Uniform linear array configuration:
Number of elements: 12
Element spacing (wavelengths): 0.5
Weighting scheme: uniform
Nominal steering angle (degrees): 60
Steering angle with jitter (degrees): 61.298
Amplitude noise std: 0.05
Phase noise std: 0.05

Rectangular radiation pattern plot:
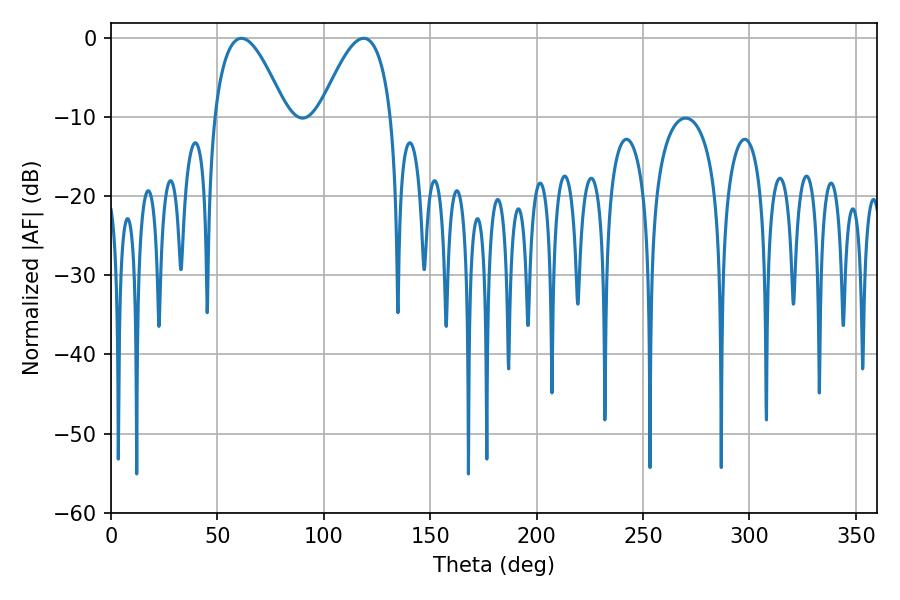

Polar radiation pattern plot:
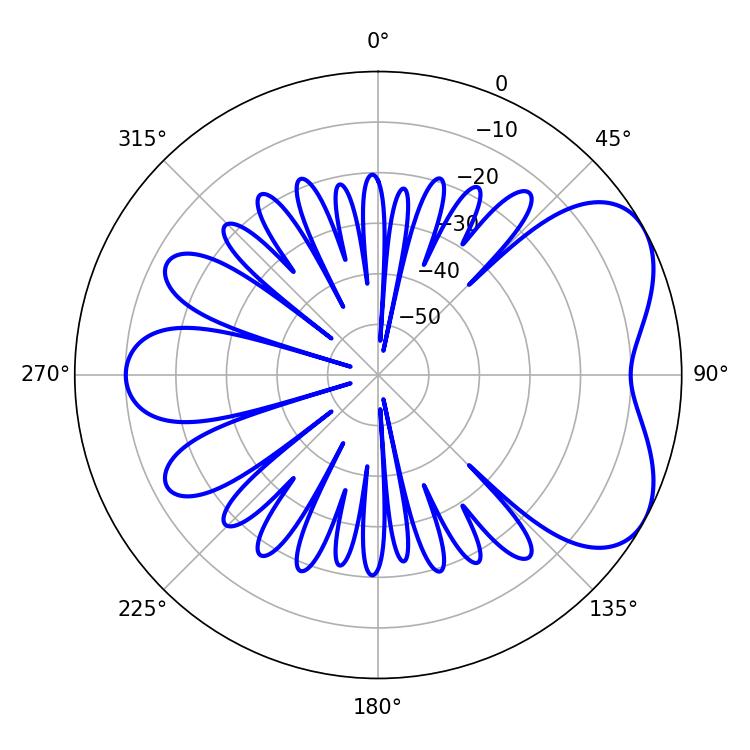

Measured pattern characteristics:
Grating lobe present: FALSE
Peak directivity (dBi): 5.317
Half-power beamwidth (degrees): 18.36
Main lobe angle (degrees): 61.2